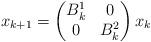
LaTeX: \begin{align*} x_{k+1} =\begin{pmatrix}B^1_{k} & 0 \\ 0 & B^2_{k}\end{pmatrix}x_{k}\end{align*}